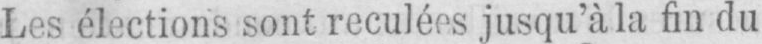
Les élections sont reculées jusqu’à la fin du